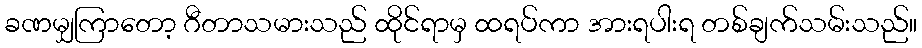
ခဏမျှကြာတော့ ဂီတာသမားသည် ထိုင်ရာမှ ထရပ်ကာ အားရပါးရ တစ်ချက်သမ်းသည်။